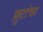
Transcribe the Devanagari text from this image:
फ़ुटांचा